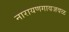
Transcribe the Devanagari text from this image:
नारायणगावजवळ